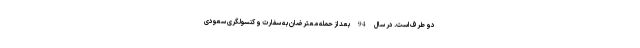
دو طرف است. در سال 94 بعد از حمله معترضان به سفارت و کنسولگری سعودی